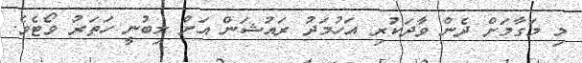
މި މަގާމަށް ދެން ވާދަކުރި އަހުމަދު ރައުޝަން އަށް ލިބުނީ ހަތަރު ވޯޓެވެ.